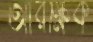
আরক্ষিক